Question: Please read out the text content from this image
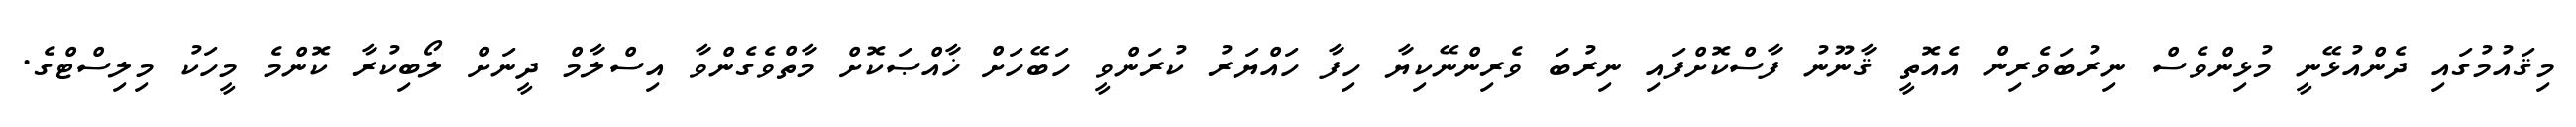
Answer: މިޤައުމުގައި ދެންއުޅޭނީ މުޅިންވެސް ނިރުބަވެރިން އެއޮތީ ޤާނޫނު ފާސްކޮށްފައި ނިރުބަ ވެރިންނޭކިޔާ ހިފާ ހައްޔަރު ކުރަންވީ ހަބޭހަށް ޚާއްޞަކޮށް މާތްވެގެންވާ އިސްލާމް ދީނަށް ލޯބިކުރާ ކޮންމެ މީހަކު މިލިސްޓްގެ.